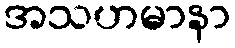
အသဟမာနာ